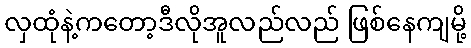
လှထုံနဲ့ကတော့ဒီလိုအူလည်လည် ဖြစ်နေကျမို့